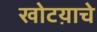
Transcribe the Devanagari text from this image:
खोटय़ाचे